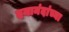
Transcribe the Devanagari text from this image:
दयानंदांच्या